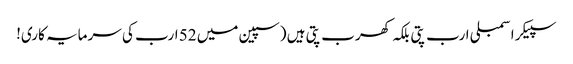
سپیکر اسمبلی ارب پتی بلکہ کھرب پتی ہیں (سپین میں 52 ارب کی سرمایہ کاری!